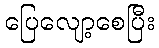
ပြေလျော့စေပြီး